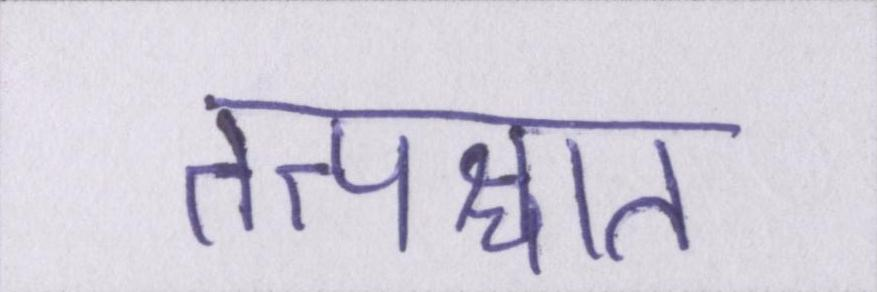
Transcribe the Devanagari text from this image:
तत्पश्चात